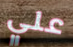
علي